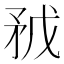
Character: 𥍥